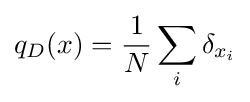
q_{D}(x)={\frac {1}{N}}\sum _{i}\delta _{x_{i}}